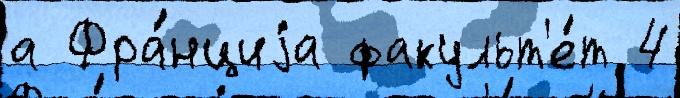
а Фра́нциjа факульт'е́т 4